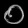
Digit: ၀